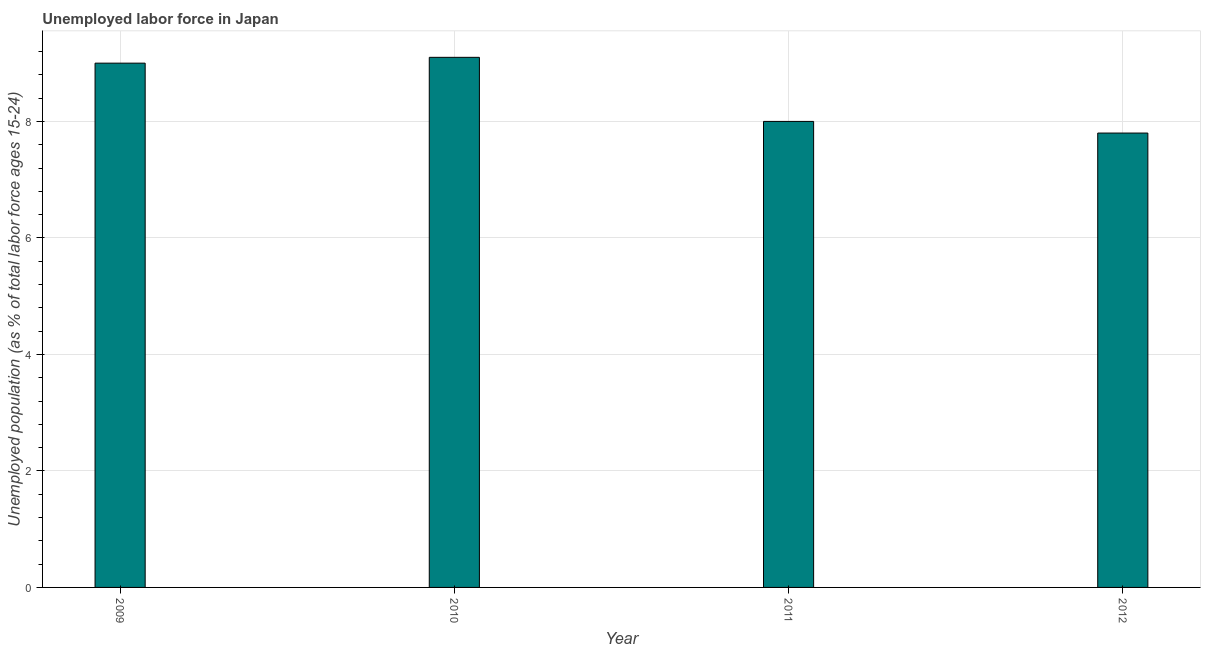
| Year | Unemployment |
 | --- | --- |
 | 2009 | 9 |
 | 2010 | 9.1 |
 | 2011 | 8 |
 | 2012 | 7.8 |